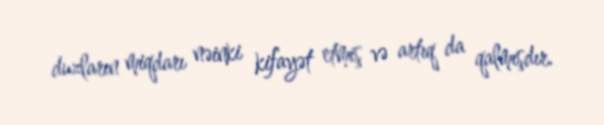
duzların miqdarı nəinki kifayət etmiş və artıq da qalmışdır.